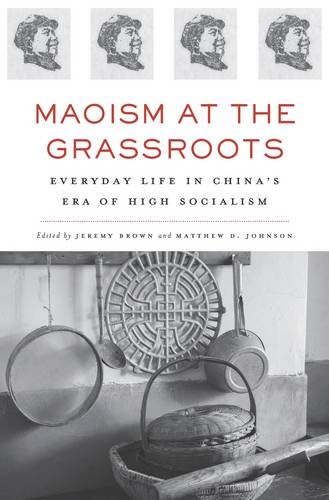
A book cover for Maoism at the Grassroots: Everyday Life in China's Era of High Socialism; History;